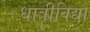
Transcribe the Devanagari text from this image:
धात्रीविद्या